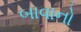
બાવાનો